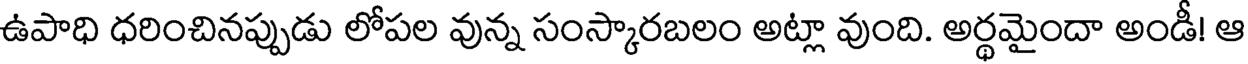
ఉపాధి ధరించినప్పుడు లోపల వున్న సంస్కారబలం అట్లా వుంది. అర్థమైందా అండీ! ఆ